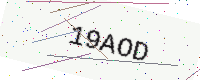
Text: 19AOD